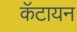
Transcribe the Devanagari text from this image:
कॅटायन